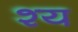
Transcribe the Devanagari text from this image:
श्य